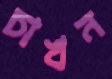
চাখন